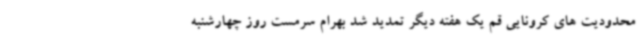
محدودیت های کرونایی قم یک هفته دیگر تمدید شد بهرام سرمست روز چهارشنبه